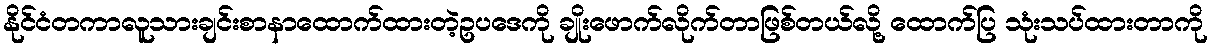
နိုင်ငံတကာလူသားချင်းစာနာထောက်ထားတဲ့ဥပဒေကို ချိုးဖောက်လိုက်တာဖြစ်တယ်လို့ ထောက်ပြ သုံးသပ်ထားတာကို